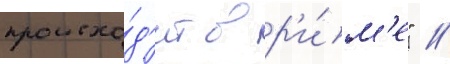
происхо́д'ит в р'и́м'е" //